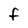
Character: F